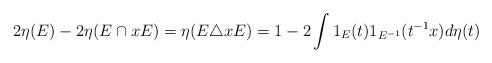
LaTeX: \begin{align*}2\eta (E)-2\eta (E\cap xE)=\eta (E\triangle xE)=1-2\int1_{E}(t)1_{E^{-1}}(t^{-1}x)d\eta (t) \end{align*}